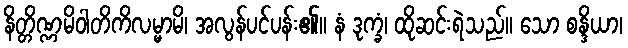
နိတ္တိဏ္ဏမိဝါတိကိလမ္မာမိ၊ အလွန်ပင်ပန်း၏။ နံ ဒုက္ခံ၊ ထိုဆင်းရဲသည်။ သော စန္ဒိယာ၊